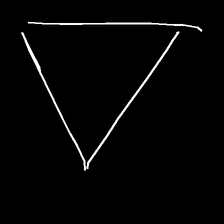
Glyph: convergence